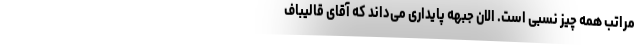
مراتب همه چیز نسبی است. الان جبهه پایداری می‌داند که آقای قالیباف